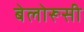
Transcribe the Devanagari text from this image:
बेलोरूसी